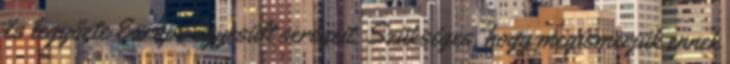
és legyőzte Európa egyesült seregeit. Szükséges, hogy megismerjük ennek